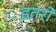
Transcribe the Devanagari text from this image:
इतरो